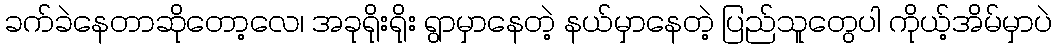
ခက်ခဲနေတာဆိုတော့လေ၊ အခုရိုးရိုး ရွာမှာနေတဲ့ နယ်မှာနေတဲ့ ပြည်သူတွေပါ ကိုယ့်အိမ်မှာပဲ